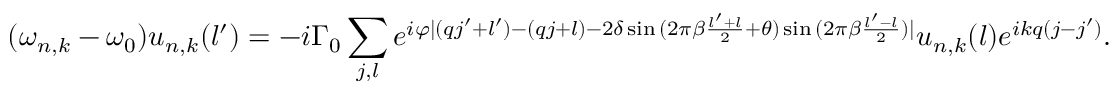
( \omega _ { n , k } - \omega _ { 0 } ) u _ { n , k } ( l ^ { \prime } ) = - i \Gamma _ { 0 } \sum _ { j , l } { e ^ { i \varphi | ( q j ^ { \prime } + l ^ { \prime } ) - ( q j + l ) - 2 \delta \sin { ( 2 \pi \beta \frac { l ^ { \prime } + l } { 2 } + \theta ) } \sin { ( 2 \pi \beta \frac { l ^ { \prime } - l } { 2 } ) } | } u _ { n , k } ( l ) e ^ { i k q ( j - j ^ { \prime } ) } } .